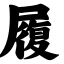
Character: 履